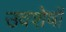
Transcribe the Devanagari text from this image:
उवशेषों